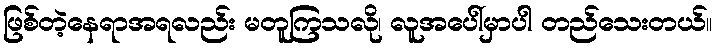
ဖြစ်တဲ့နေရာအရလည်း မတူကြသလို၊ လူအပေါ်မှာပါ တည်သေးတယ်။